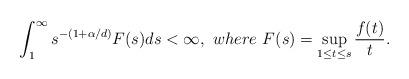
LaTeX: \begin{align*}\int_{1}^{\infty}s^{-(1+\alpha/d)}F(s)ds<\infty, \ where \ F(s)=\sup_{1\leq t\leq s}\frac{f(t)}{t}.\end{align*}